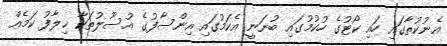
އެނުކުތާގައި ހައި ކޯޓުގެ ހުކުމުގައި ބުނަނީ އެކަމުގައި އިންސާފުގެ އުސޫލުތަކާ ޚިލާފު ކަމެއް